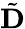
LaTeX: \tilde{\mathbf{D}}